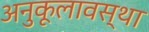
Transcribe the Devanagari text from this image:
अनुकूलावस्था